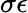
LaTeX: \sigma\epsilon